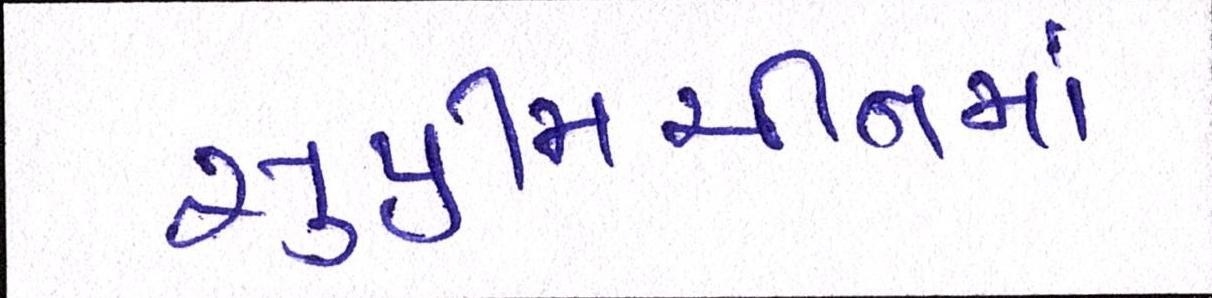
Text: સુપ્રીમચીનમાં